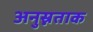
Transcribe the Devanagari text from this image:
अनुस्नताक